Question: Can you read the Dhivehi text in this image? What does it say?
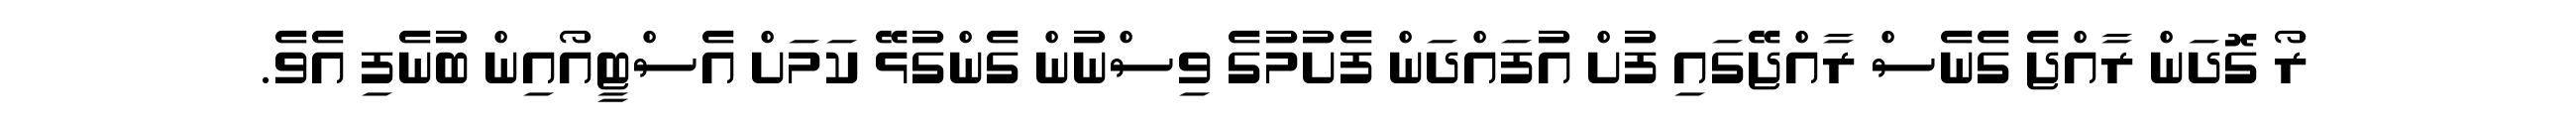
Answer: ރޯ ގޮދަން ރާއްޖެ ގެނެސް ރާއްޖޭގައި ފުށް އުފައްދަން ފެށުމުގެ ވިސްނުން ގެންގުޅޭ ކަމަށް އެސްޓީއޯއިން ބުނެފި އެވެ.